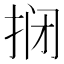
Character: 𫼫